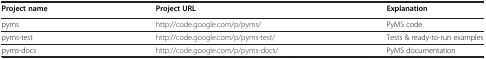
<table><thead><tr><td><b>Project name</b></td><td><b>Project URL</b></td><td><b>Explanation</b></td></tr></thead><tbody><tr><td>pyms</td><td>http://code.google.com/p/pyms/</td><td>PyMS code</td></tr><tr><td>pyms-test</td><td>http://code.google.com/p/pyms-test/</td><td>Tests &amp; ready-to-run examples</td></tr><tr><td>pyms-docs</td><td>http://code.google.com/p/pyms-docs/</td><td>PyMS documentation</td></tr></tbody></table>